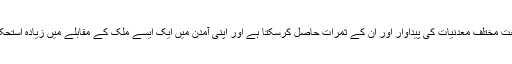
اس کا یہ مطلب ہے کہ سعودی عرب سرمایہ کاری کی ایک طویل المیعاد پالیسی کے تحت مختلف معدنیات کی پیداوار اور ان کے ثمرات حاصل کرسکتا ہے اور اپنی آمدن میں ایک ایسے ملک کے مقابلے میں زیادہ استحکام حاصل کرسکتا ہے جس نے چند ایک اشیاء ہی پر بھاری سرمایہ کاری کررکھی ہے۔